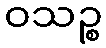
ဝသဉ္စ